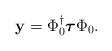
\begin{align*}{\bf y} = \Phi_0^\dagger \mbox{\boldmath$\tau$} \Phi_0.\end{align*}